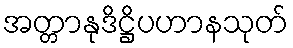
အတ္တာနုဒိဋ္ဌိပဟာနသုတ်